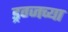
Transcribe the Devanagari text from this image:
ड्रग्जच्या